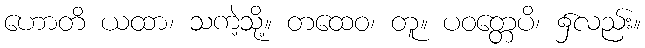
ဟောတိ ယထာ၊ သကဲ့သို့။ တထေဝ၊ တူ။ ပဝတ္တေပိ၊ ၌လည်း။